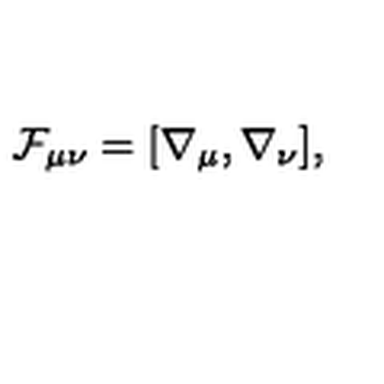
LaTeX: { \cal F } _ { \mu \nu } = [ \nabla _ { \mu } , \nabla _ { \nu } ] ,